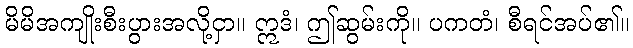
မိမိအကျိုးစီးပွားအလို့ငှာ။ ဣဒံ၊ ဤဆွမ်းကို။ ပကတံ၊ စီရင်အပ်၏။